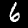
Label: 6